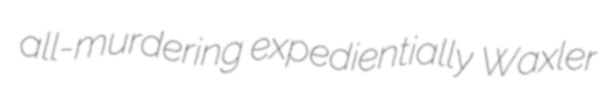
all-murdering expedientially Waxler